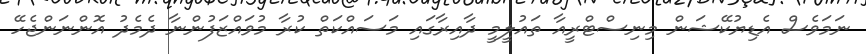
ނަމަވެސް އެޑިޔުކޭޝަން މިނިސްޓްރީއާ ތައުލީމީ ދާއިރާގައި މަސައްކަތް ކުރާ މުވައްޒަފުންނާ ދެމެދު އޮންނަންޖެހޭ